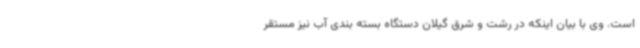
است. وی با بیان اینکه در رشت و شرق گیلان دستگاه بسته بندی آب نیز مستقر